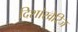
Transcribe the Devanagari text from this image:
दिशांखेरिज